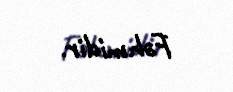
Fəhmidir.